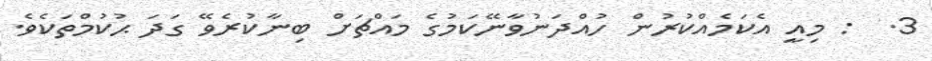
3.  : މިއީ އެކަމެއްކުރުން ހުއްދަނުވާނޭކަމުގެ މައްޗަށް ބިނާކުރެވޭ ގަދަ ޙުކުމްތަކެވެ.